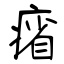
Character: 㾪